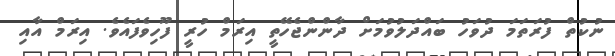
ނުކުތް ފުރަތަމަ ދުވަހު ބައްދަލުވުމަށް ދާންންޖެހޭތީ އިރަމް ހުރީ ފޫހިވެފައެވެ. އިރަމް އާއި